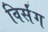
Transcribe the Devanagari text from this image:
विर्संग